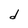
Character: d